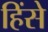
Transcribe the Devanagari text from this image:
हिंसे